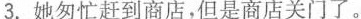
3.她匆忙赶到商店,但是商店关门了。